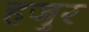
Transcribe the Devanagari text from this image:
हजुर